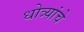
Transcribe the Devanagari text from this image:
धोत्र्यांचे